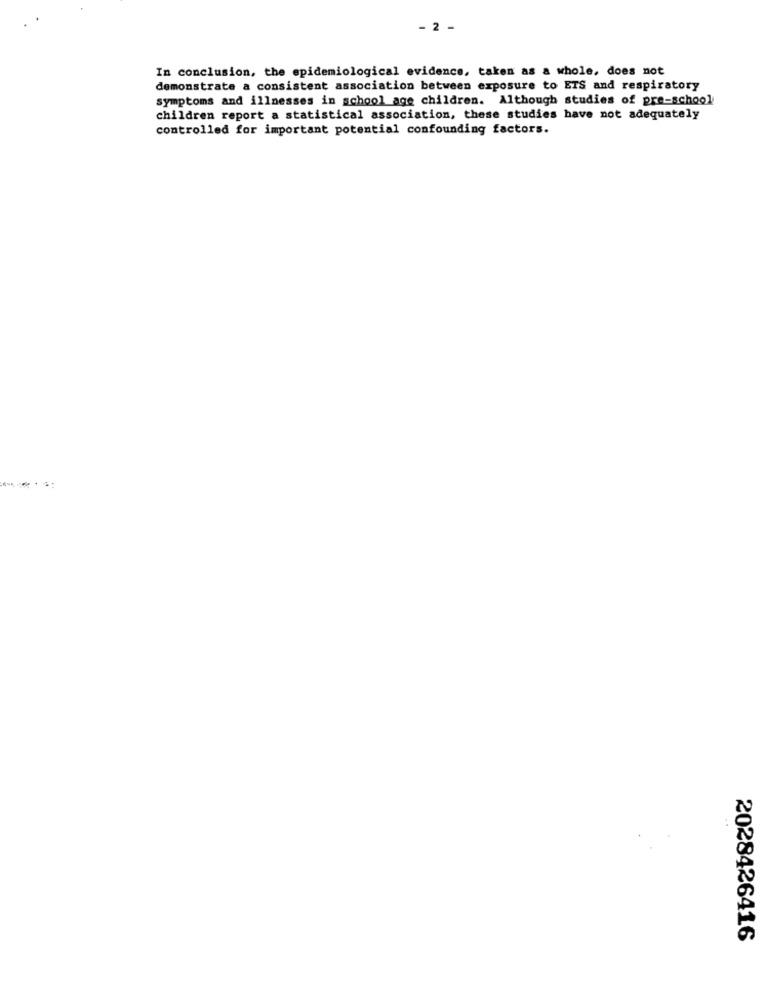
- 2
In conclusion, the epidemiological evidence, taken as a whole, does not
demonstrate a consistent association between exposure to ETS and respiratory
symptoms and illnesses in school age children. Although studies of pre-school
children report a statistical association, these studies have not adequately
controlled for important potential confounding factors.
2028426416